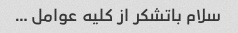
سلام باتشکر از کلیه عوامل …